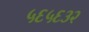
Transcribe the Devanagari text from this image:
५६५६३२